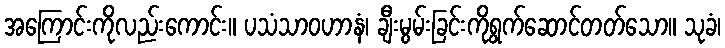
အကြောင်းကိုလည်းကောင်း။ ပသံသာဝဟာနံ၊ ချီးမွမ်းခြင်းကိုရွက်ဆောင်တတ်သော။ သုခံ၊